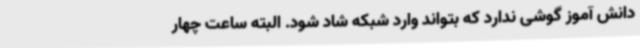
دانش آموز گوشی ندارد که بتواند وارد شبکه شاد شود. البته ساعت چهار